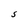
Character: S